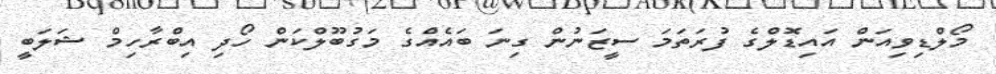
މޯލްޑިވިއަން އައިޑޮލްގެ ފުރަތަމަ ސީޒަނުން ގިނަ ބައެއްގެ މަގުބޫލްކަން ހޯދި އިބްރާހިމް ޝަލަބީ